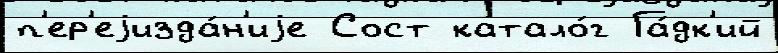
п'ер'еjизда́н'иjе Сост катало́г Га́дк'ий